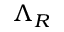
\Lambda _ { R }